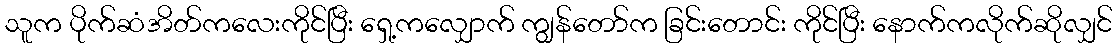
သူက ပိုက်ဆံအိတ်ကလေးကိုင်ပြီး ရှေ့ကလျှောက် ကျွန်တော်က ခြင်းတောင်း ကိုင်ပြီး နောက်ကလိုက်ဆိုလျှင်